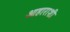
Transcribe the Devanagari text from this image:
आहाराशी